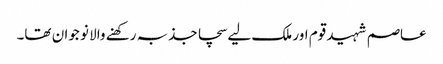
عاصم شہید قوم اور ملک لیے سچا جذبہ رکھنے والا نو جوان تھا۔